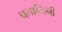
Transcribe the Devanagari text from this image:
प्रतानिनी